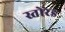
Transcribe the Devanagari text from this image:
स्तोरेड